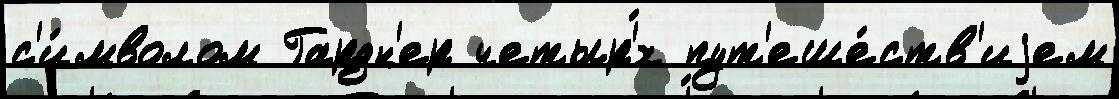
с'и́мволом Гардн'ер четыр'́х пут'еше́ств'иjем